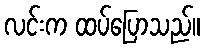
လင်းက ထပ်ပြောသည်။